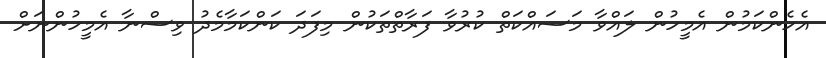
އެހެންކަމުން އެމީހުން ލައްވާ މަސައްކަތް ކުރުވާ ފަރާތްތަކުން މިފަދަ ކަންކަމާމެދު ވިސްނާ އެމީހުންނަށް